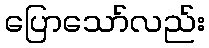
ပြောသော်လည်း